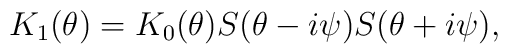
K_1 (\theta )= K_0(\theta ) S(\theta - i\psi )S(\theta + i\psi),